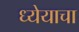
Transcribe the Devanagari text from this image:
ध्येयाचा